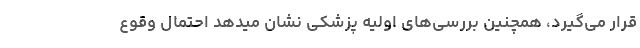
قرار می‌گیرد، همچنین بررسی‌های اولیه پزشکی نشان میدهد احتمال وقوع